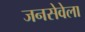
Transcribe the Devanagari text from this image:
जनसेवेला